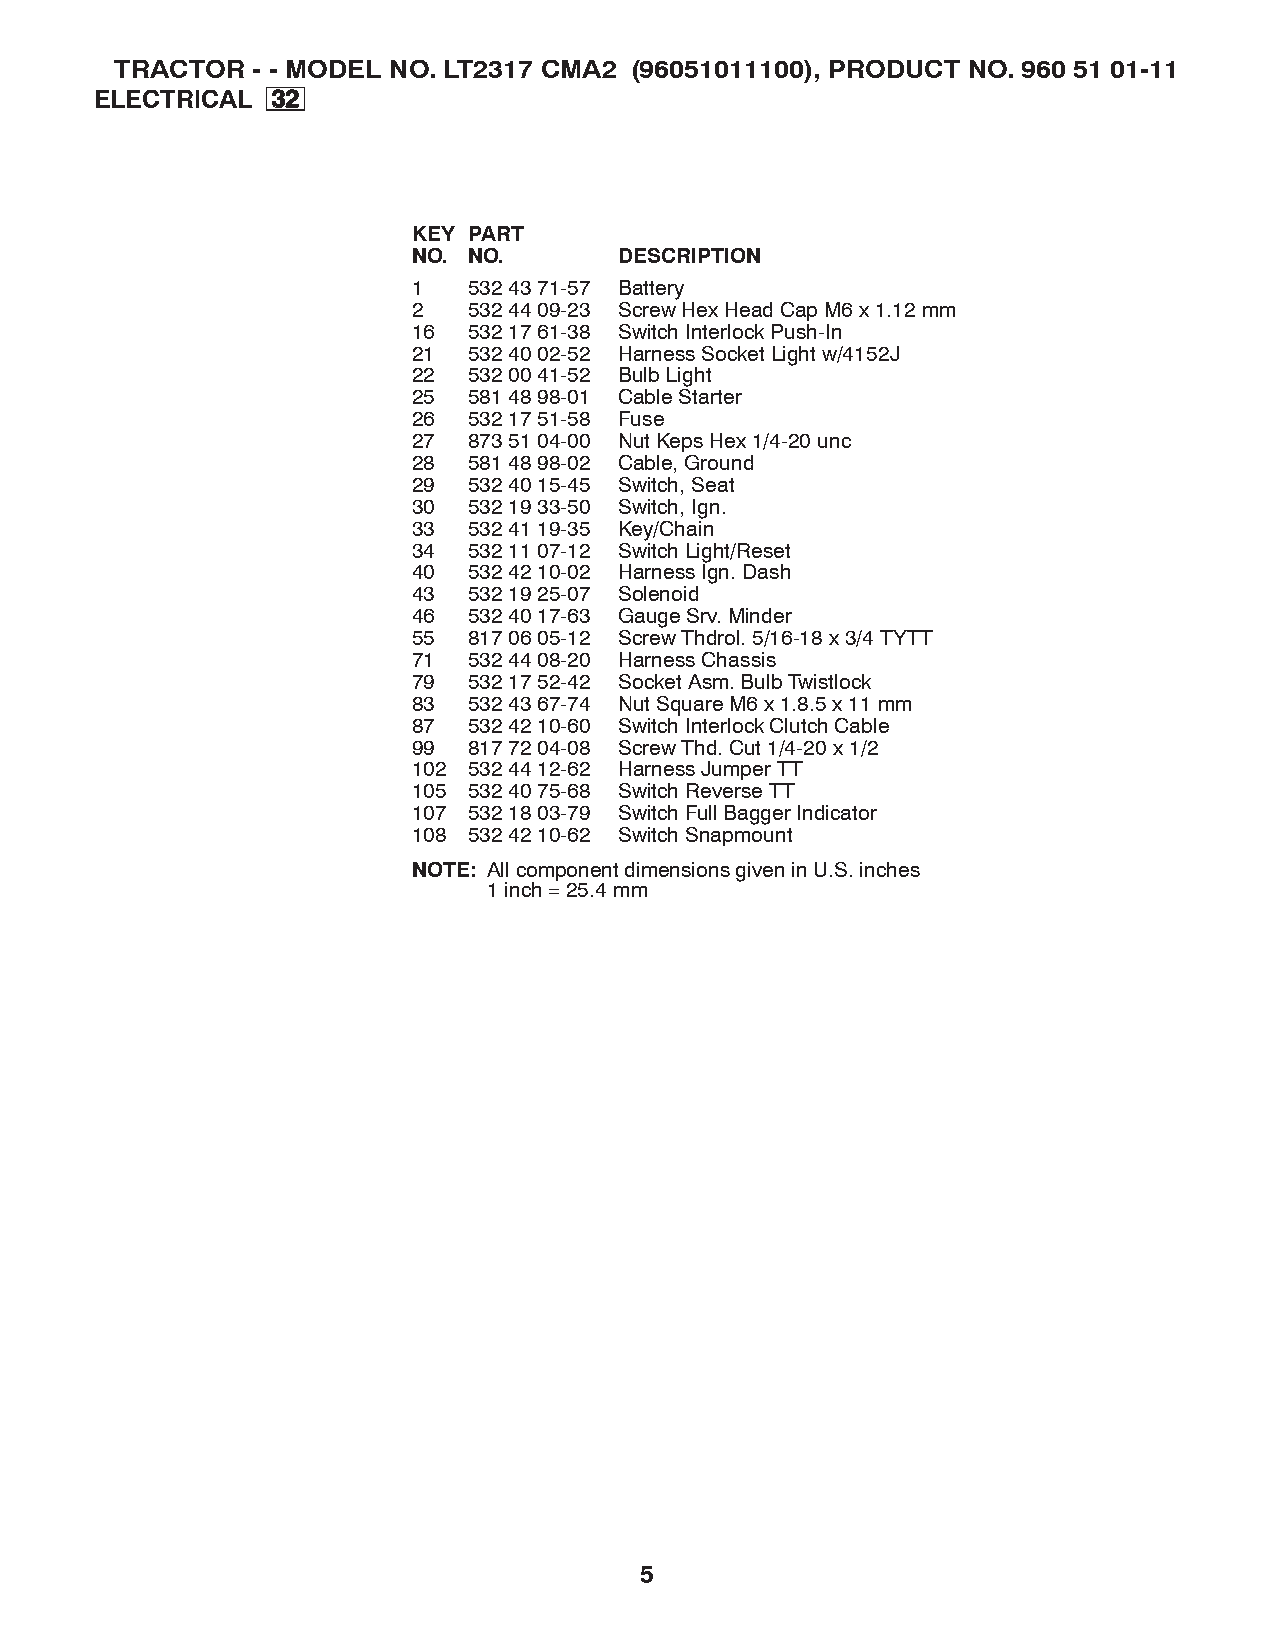
TRACTOR  - - MODEL NO. LT2317 CMA2 (96051011100), PRODUCT NO. 960 51 01-11
 ELECTRICAL  3322
 KEY PART
 NO. NO.       DESCRIPTION
 1   532 43 71-57 Battery
 2   532 44 09-23 Screw Hex Head Cap M6 x 1.12 mm
 16  532 17 61-38 Switch Interlock Push-In
 21  532 40 02-52 Harness Socket Light w/4152J
 22  532 00 41-52 Bulb Light
 25  581 48 98-01 Cable Starter
 26  532 17 51-58 Fuse
 27  873 51 04-00 Nut Keps Hex 1/4-20 unc
 28  581 48 98-02 Cable, Ground
 29  532 40 15-45 Switch, Seat
 30  532 19 33-50 Switch, Ign.
 33  532 41 19-35 Key/Chain
 34  532 11 07-12 Switch Light/Reset
 40  532 42 10-02 Harness Ign. Dash
 43  532 19 25-07 Solenoid
 46  532 40 17-63 Gauge Srv. Minder
 55  817 06 05-12 Screw Thdrol. 5/16-18 x 3/4 TYTT
 71  532 44 08-20 Harness Chassis
 79  532 17 52-42 Socket Asm. Bulb Twistlock
 83  532 43 67-74 Nut Square M6 x 1.8.5 x 11 mm
 87  532 42 10-60 Switch Interlock Clutch Cable
 99  817 72 04-08 Screw Thd. Cut 1/4-20 x 1/2
 102 532 44 12-62 Harness Jumper TT
 105 532 40 75-68 Switch Reverse TT
 107 532 18 03-79 Switch Full Bagger Indicator
 108 532 42 10-62 Switch Snapmount
 NOTE: All component dimensions given in U.S. inches
 1 inch = 25.4 mm
 5